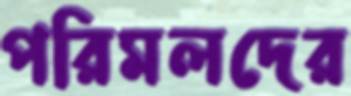
পরিমলদের